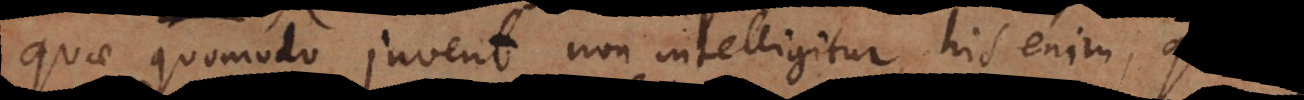
quae quomodo juvent non intelligitur, his enim,